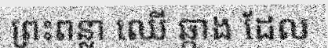
ព្រះពន្លា ឈើ ឆ្កាង ដែល